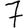
Digit: 7